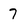
Character: 7